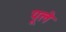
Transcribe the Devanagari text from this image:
पूले